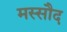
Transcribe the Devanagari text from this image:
मस्सौद